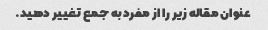
عنوان مقاله زیر را از مفرد به جمع تغییر دهید.